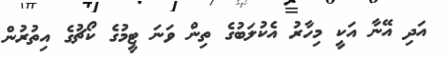
އަދި އޭނާ އަކީ މިހާރު އެކުލަބުގެ ތިން ވަނަ ޓީމުގެ ކޯޗުގެ އިތުރުން